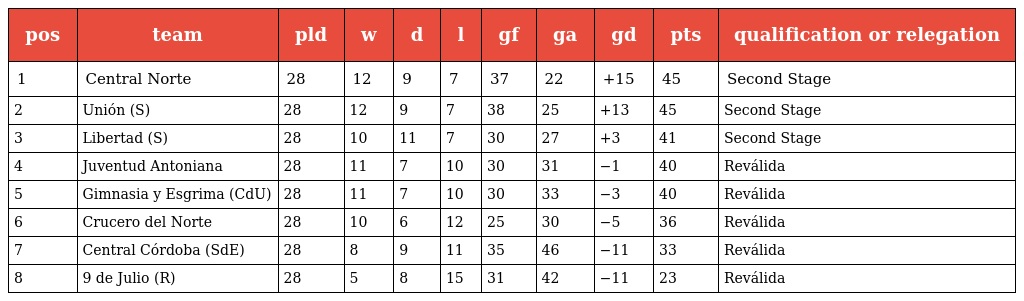
| pos | team | pld | w | d | l | gf | ga | gd | pts | qualification or relegation |
 | --- | --- | --- | --- | --- | --- | --- | --- | --- | --- | --- |
 | 1 | Central Norte | 28 | 12 | 9 | 7 | 37 | 22 | +15 | 45 | Second Stage |
 | 2 | Unión (S) | 28 | 12 | 9 | 7 | 38 | 25 | +13 | 45 | Second Stage |
 | 3 | Libertad (S) | 28 | 10 | 11 | 7 | 30 | 27 | +3 | 41 | Second Stage |
 | 4 | Juventud Antoniana | 28 | 11 | 7 | 10 | 30 | 31 | −1 | 40 | Reválida |
 | 5 | Gimnasia y Esgrima (CdU) | 28 | 11 | 7 | 10 | 30 | 33 | −3 | 40 | Reválida |
 | 6 | Crucero del Norte | 28 | 10 | 6 | 12 | 25 | 30 | −5 | 36 | Reválida |
 | 7 | Central Córdoba (SdE) | 28 | 8 | 9 | 11 | 35 | 46 | −11 | 33 | Reválida |
 | 8 | 9 de Julio (R) | 28 | 5 | 8 | 15 | 31 | 42 | −11 | 23 | Reválida |